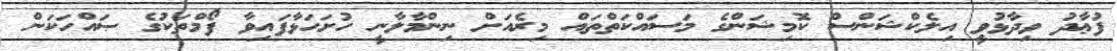
ފުޢާދު ވިދާޅުވީ އިލެކްޝަންސް ކޮމިޝަންގެ މަސައްކަތްތައް މިރެއަށް ނިންމާލާނީ ހުށަހަޅާފައިވާ ފޯމްތަކުގެ ޞައްހަކަން